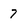
Character: 7